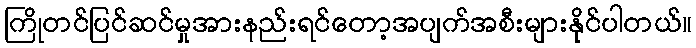
ကြိုတင်ပြင်ဆင်မှုအားနည်းရင်တော့အပျက်အစီးများနိုင်ပါတယ်။